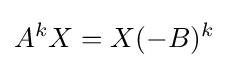
A^{k}X=X(-B)^{k}